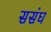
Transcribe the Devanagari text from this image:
ससंघ